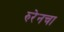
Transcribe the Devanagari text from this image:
रुरेनचा